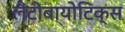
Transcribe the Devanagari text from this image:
लैंटीबायोटिक्स